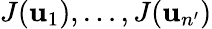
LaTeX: J(\mathbf{u}_{1}),\ldots,J(\mathbf{u}_{n^{\prime}})